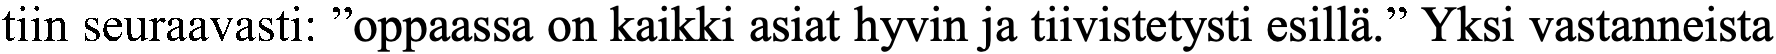
tiin seuraavasti: ”oppaassa on kaikki asiat hyvin ja tiivistetysti esillä.” Yksi vastanneista